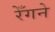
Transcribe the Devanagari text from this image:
रेँगने